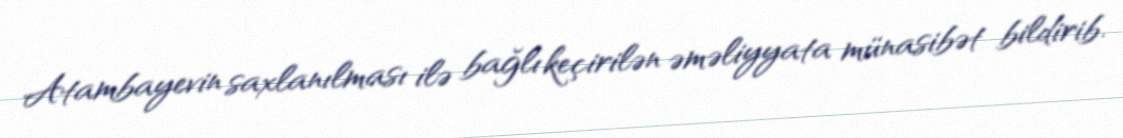
Atambayevin saxlanılması ilə bağlı keçirilən əməliyyata münasibət bildirib.